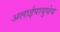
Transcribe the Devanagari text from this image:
अलाईपायुथेय